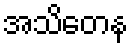
အသိတေန